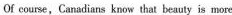
0f course, Canadians know that beauly is more